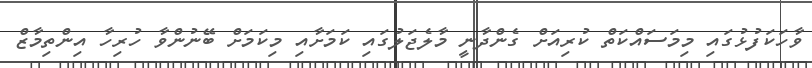
ވާހަކަފުޅުގައި މިމަސައްކަތް ކުރިއަށް ގެންދާނީ މާލެޖަލުގައި ކަމަށާއި މިކަމަށް ބޭނުންވާ ހުރިހާ އިންތިމާޒް